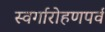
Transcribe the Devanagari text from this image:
स्वर्गारोहणपर्व